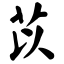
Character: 苡